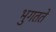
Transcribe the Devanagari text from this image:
भुगतते